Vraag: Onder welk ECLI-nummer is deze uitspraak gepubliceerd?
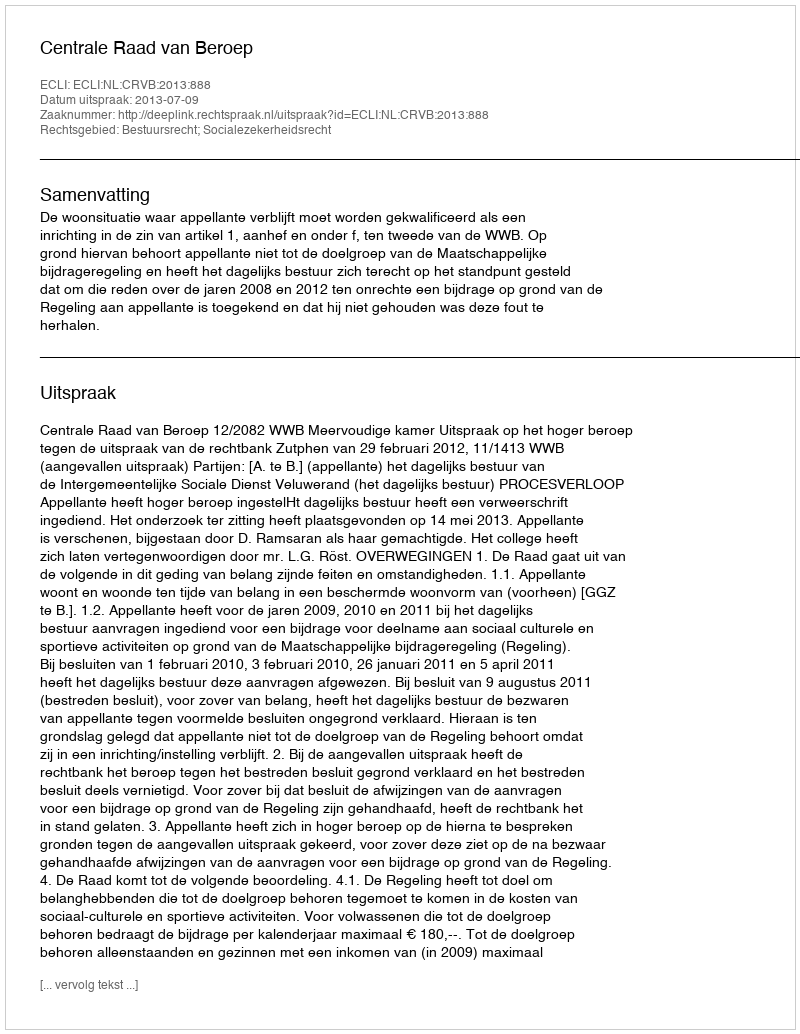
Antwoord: ECLI:NL:CRVB:2013:888